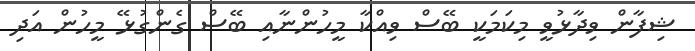
ޝިފާން ވިދާޅުވީ މިކަމަކީ ބޭސް ވިއްކާ މީހުންނާއި ބޭސް ގެންގުޅޭ މީހުން އަދި